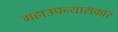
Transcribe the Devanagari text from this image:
महाउपन्यासकार